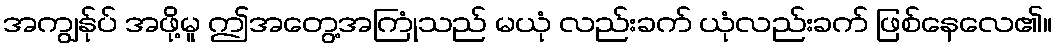
အကျွန်ုပ် အဖို့မူ ဤအတွေ့အကြုံသည် မယုံ လည်းခက် ယုံလည်းခက် ဖြစ်နေလေ၏။